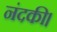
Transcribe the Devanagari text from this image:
नंदकी।